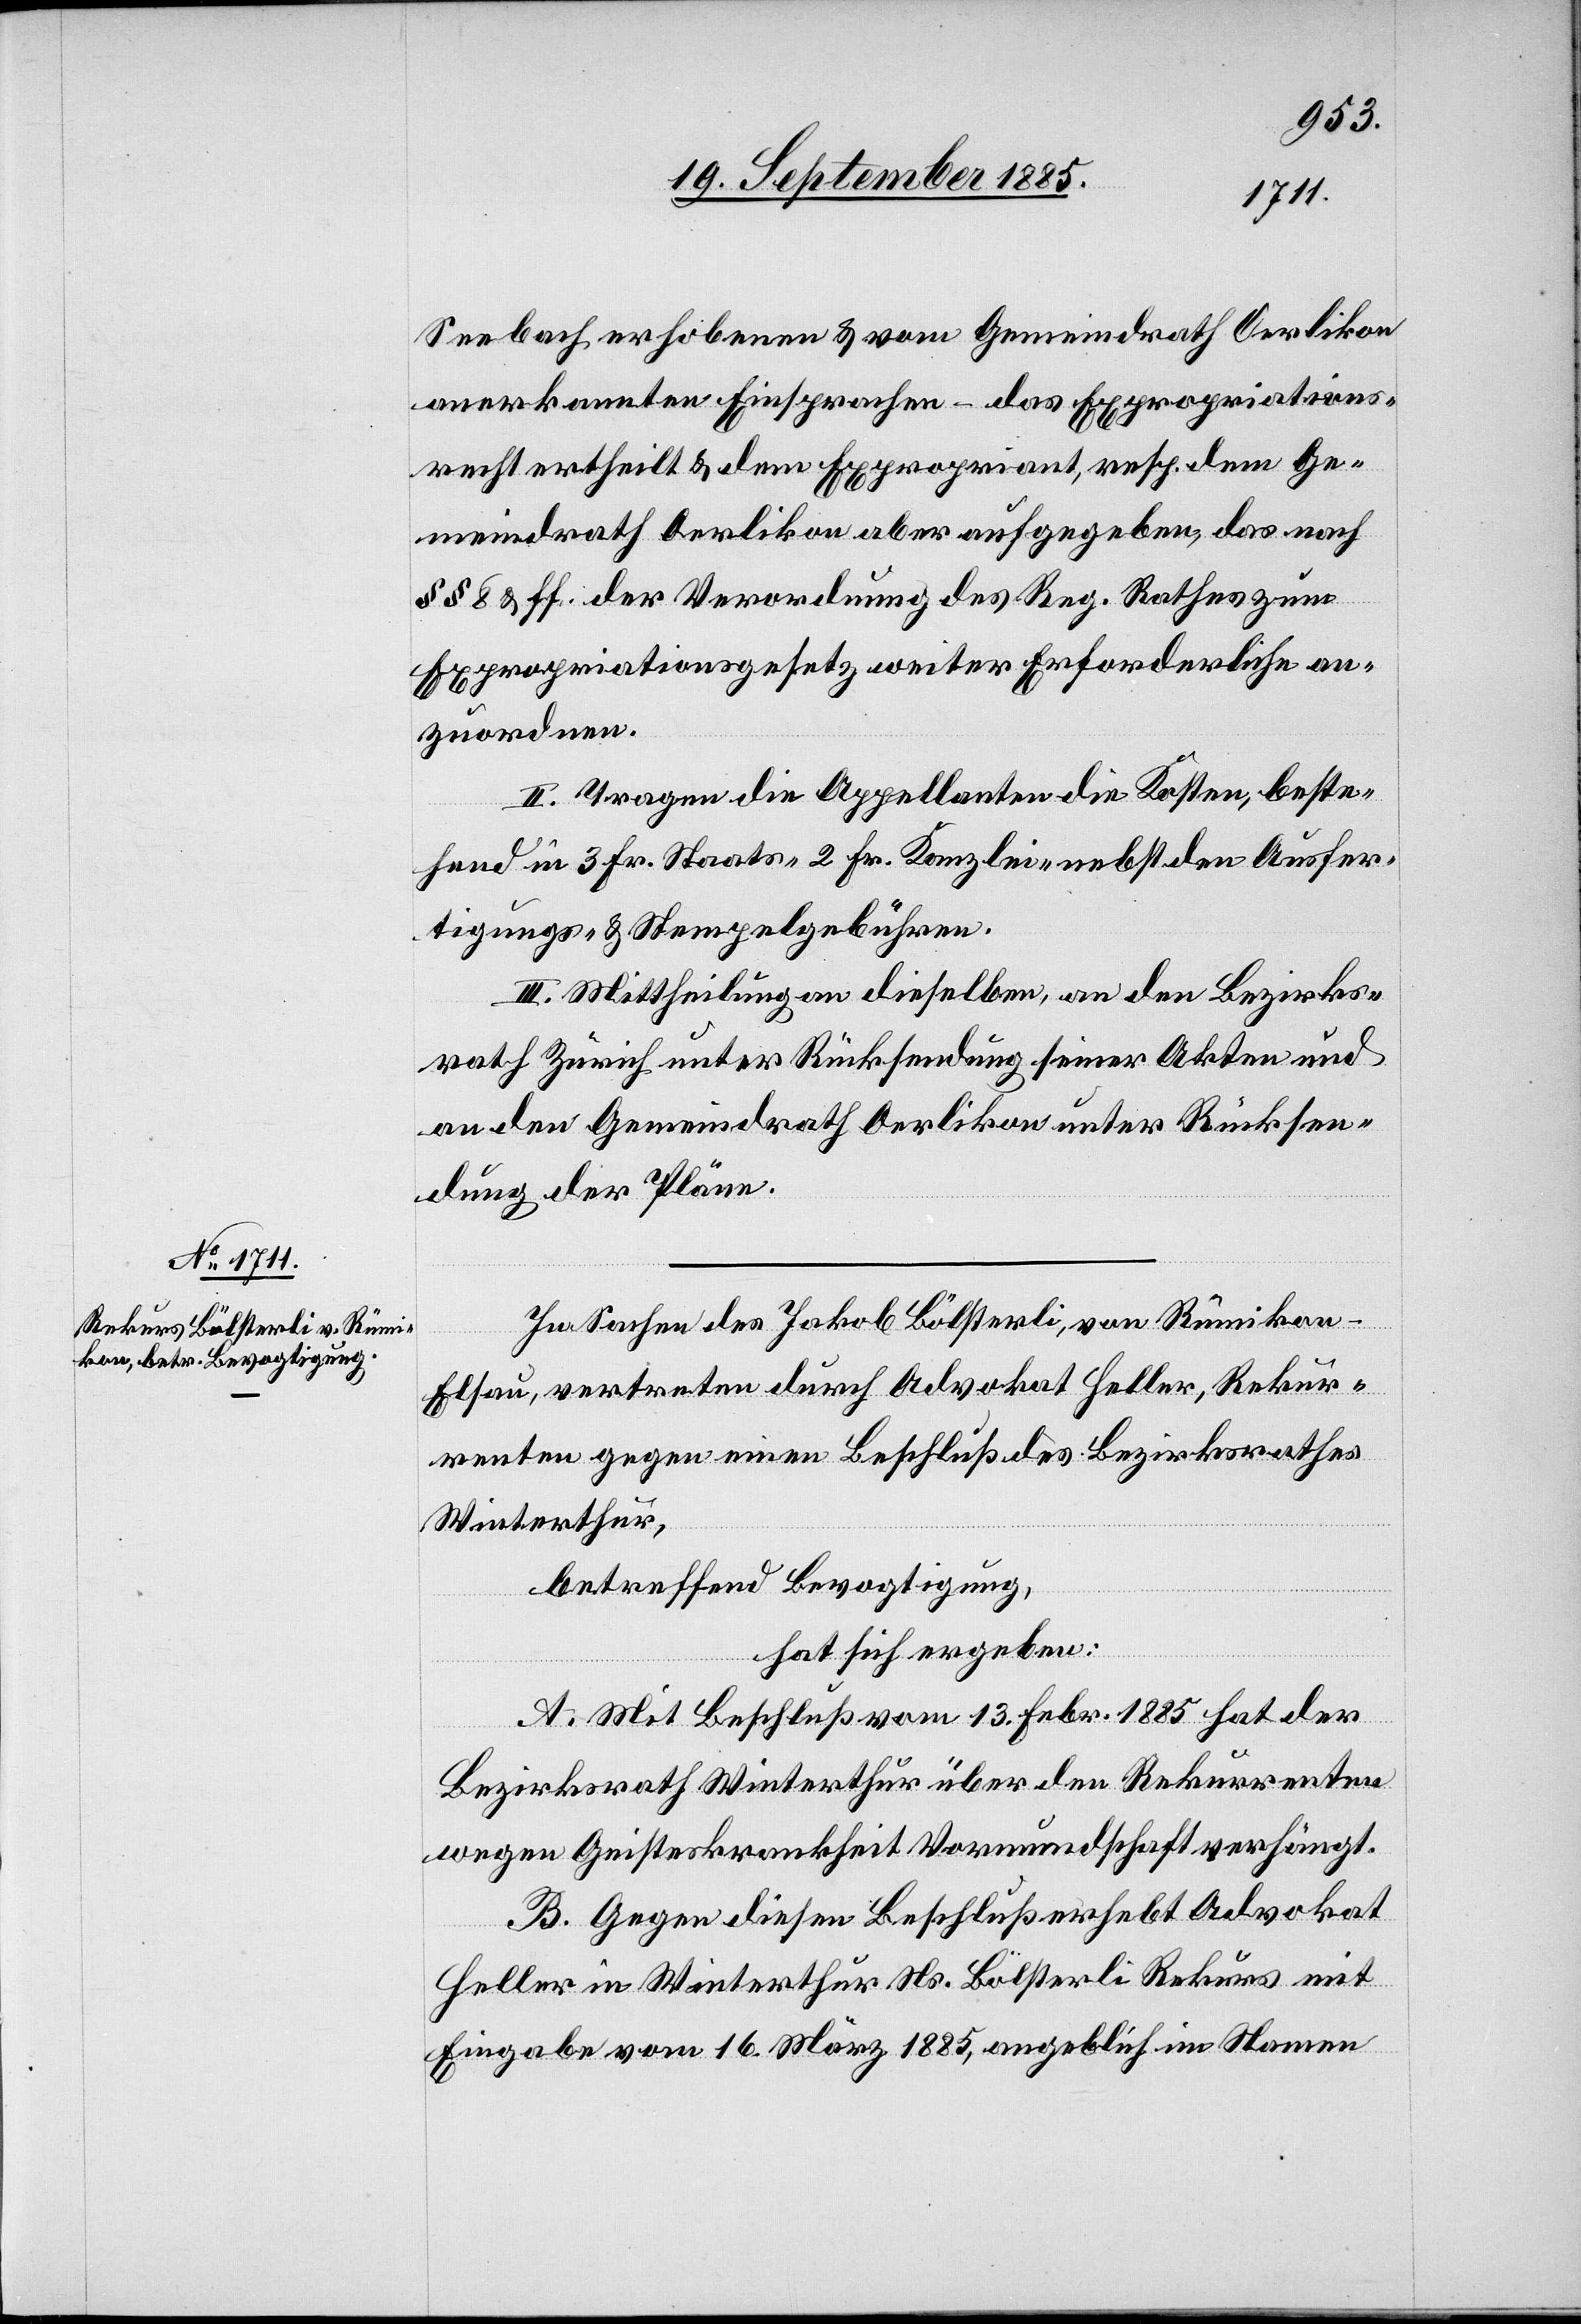
Seebach erhobenen & vom Gemeindrath Oerlikon
anerkannten Einsprachen – das Expropriations¬
recht ertheilt & dem Expropriant, resp. dem Ge¬
meindrath Oerlikon aber aufgegeben, das nach
§§ 8 & ff. der Verordnung des Reg. Rathes zum
Expropriationsgesetz weiter Erforderliche an¬
zuordnen.
II. Tragen die Appellanten die Kosten, beste¬
hend in 3 Fr. Staats- 2 Fr. Kanzlei- nebst den Ausfer¬
tigungs- & Stempelgebühren.
III. Mittheilung an dieselben, an den Bezirks¬
rath Zürich unter Rücksendung seiner Akten und
an den Gemeindrath Oerlikon unter Rücksen¬
dung der Pläne.
In Sachen des Jakob Bölsterli, von Rümikon
Elsau, vertreten durch Advokat Heller, Rekur¬
renten gegen einen Beschluß des Bezirksrathes
Winterthur,
betreffend Bevogtigung,
hat sich ergeben:
A. Mit Beschluß vom 13. Febr. 1885 hat der
Bezirksrath Winterthur über den Rekurrenten
wegen Geisteskrankheit Vormundschaft verhängt.
B. Gegen diesen Beschluß erhebt Advokat
Heller in Winterthur Ns. Bölsterli Rekurs mit
Eingabe vom 16. März 1885, angeblich im Namen